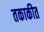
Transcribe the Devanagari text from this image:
तकाकीत